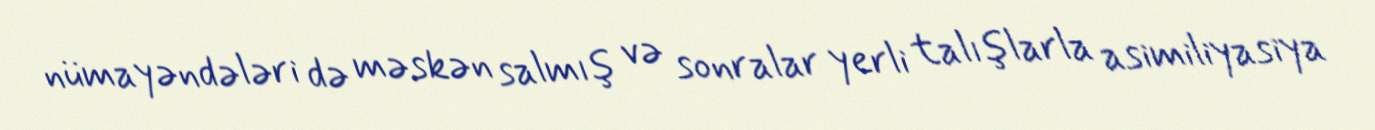
nümayəndələri də məskən salmış və sonralar yerli talışlarla asimiliyasiya